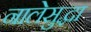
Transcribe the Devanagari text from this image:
नालेसुद्धा